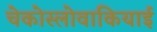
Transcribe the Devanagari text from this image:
चेकोस्लोवाकियाई